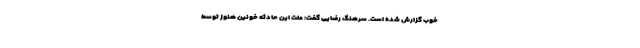
خوب گزارش شده است. سرهنگ رضایی گفت: علت این حادثه خونین هنوز توسط